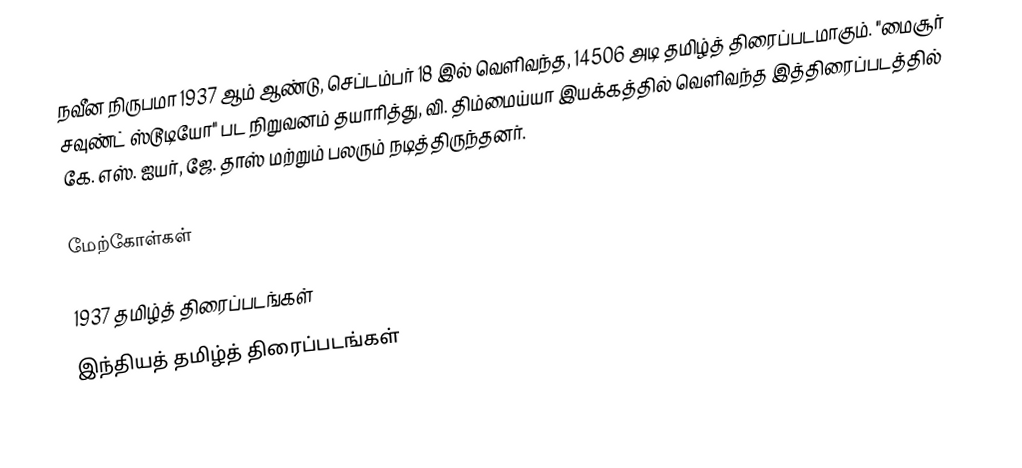
நவீன நிருபமா 1937 ஆம் ஆண்டு, செப்டம்பர் 18 இல் வெளிவந்த, 14506 அடி தமிழ்த் திரைப்படமாகும். "மைசூர் சவுண்ட் ஸ்டூடியோ" பட நிறுவனம் தயாரித்து, வி. திம்மைய்யா இயக்கத்தில் வெளிவந்த இத்திரைப்படத்தில் கே. எஸ். ஐயர், ஜே. தாஸ் மற்றும் பலரும் நடித்திருந்தனர்.

மேற்கோள்கள்

1937 தமிழ்த் திரைப்படங்கள்
இந்தியத் தமிழ்த் திரைப்படங்கள்